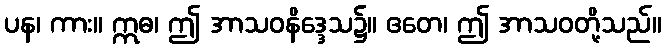
ပန၊ ကား။ ဣဓ၊ ဤ အာသဝနိဒ္ဒေသ၌။ ဧတေ၊ ဤ အာသဝတို့သည်။